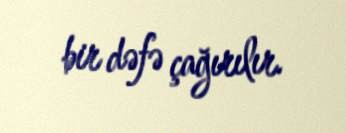
bir dəfə çağırılır.